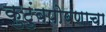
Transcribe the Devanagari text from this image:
कुटुंबपोषणाचा